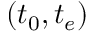
( t _ { 0 } , t _ { e } )